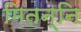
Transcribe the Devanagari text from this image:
मितन्नि